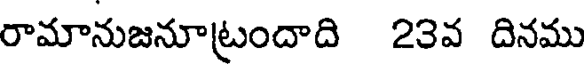
రామానుజనూట్రందాది 23వ దినము